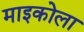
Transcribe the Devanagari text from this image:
माइकोला